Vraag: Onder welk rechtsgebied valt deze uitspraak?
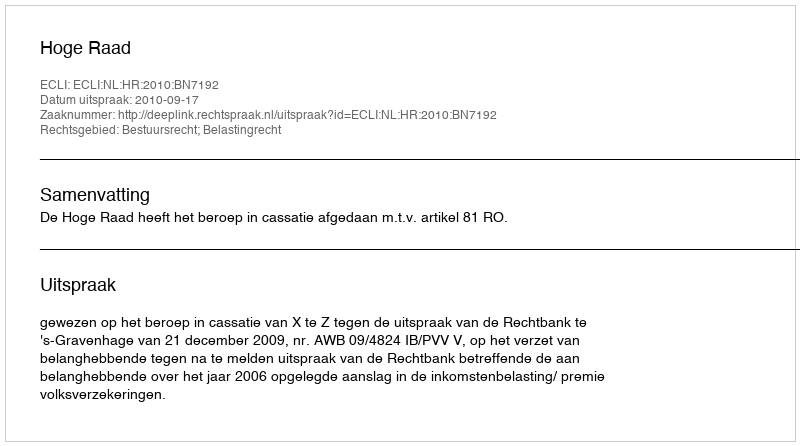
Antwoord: Bestuursrecht; Belastingrecht